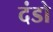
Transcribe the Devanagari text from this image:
दंडो